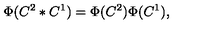
\Phi ( C ^ { 2 } * C ^ { 1 } ) = \Phi ( C ^ { 2 } ) \Phi ( C ^ { 1 } ) ,